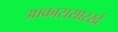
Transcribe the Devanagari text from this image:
आकारासारखे